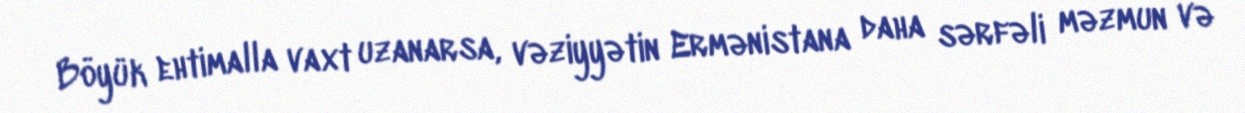
Böyük ehtimalla vaxt uzanarsa, vəziyyətin Ermənistana daha sərfəli məzmun və